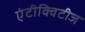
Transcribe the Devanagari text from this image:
एंटीक्विटीज